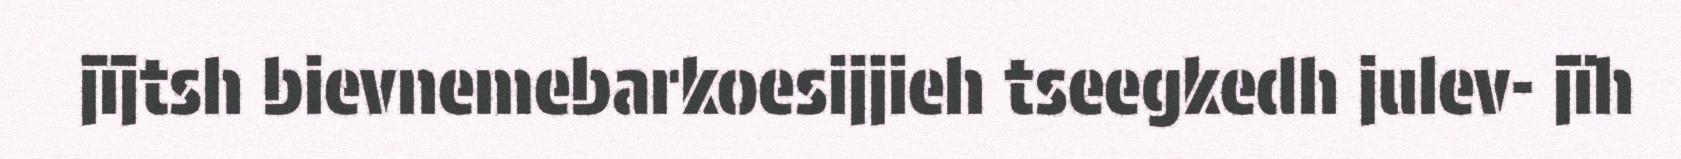
jïjtsh bievnemebarkoesijjieh tseegkedh julev- jïh